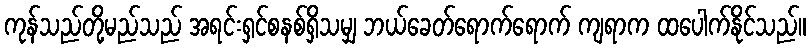
ကုန်သည်တို့မည်သည် အရင်းရှင်စနစ်ရှိသမျှ ဘယ်ခေတ်ရောက်ရောက် ကျရာက ထပေါက်နိုင်သည်။